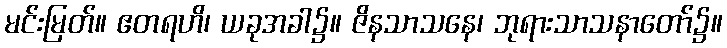
မင်းမြတ်။ ဧတရဟိ၊ ယခုအခါ၌။ ဇိနသာသနေ၊ ဘုရားသာသနာတော်၌။